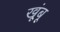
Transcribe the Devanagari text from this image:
खूंबू